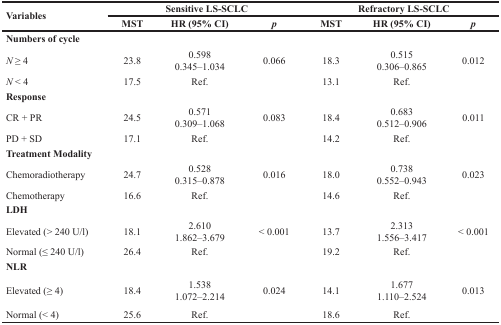
| <ROWSPAN=2> Variables | <COLSPAN=3> Sensitive LS-SCLC | <COLSPAN=3> Refractory LS-SCLC |
 | MST | HR (95% CI) | p | MST | HR (95% CI) | p |
 | --- | --- | --- | --- | --- | --- | --- |
 | Numbers of cycle |  |  |  |  |  |  |
 | N ≥ 4 | 23.8 | 0.598 0.345–1.034 | 0.066 | 18.3 | 0.515 0.306–0.865 | 0.012 |
 | N < 4 | 17.5 | Ref. |  | 13.1 | Ref. |  |
 | Response |  |  |  |  |  |  |
 | CR + PR | 24.5 | 0.571 0.309–1.068 | 0.083 | 18.4 | 0.683 0.512–0.906 | 0.011 |
 | PD + SD | 17.1 | Ref. |  | 14.2 | Ref. |  |
 | Treatment Modality |  |  |  |  |  |  |
 | Chemoradiotherapy | 24.7 | 0.528 0.315–0.878 | 0.016 | 18.0 | 0.738 0.552–0.943 | 0.023 |
 | Chemotherapy | 16.6 | Ref. |  | 14.6 | Ref. |  |
 | LDH |  |  |  |  |  |  |
 | Elevated (> 240 U/l) | 18.1 | 2.610 1.862–3.679 | < 0.001 | 13.7 | 2.313 1.556–3.417 | < 0.001 |
 | Normal (≤ 240 U/l) | 26.4 | Ref. |  | 19.2 | Ref. |  |
 | NLR |  |  |  |  |  |  |
 | Elevated (≥ 4) | 18.4 | 1.538 1.072–2.214 | 0.024 | 14.1 | 1.677 1.110–2.524 | 0.013 |
 | Normal (< 4) | 25.6 | Ref. |  | 18.6 | Ref. |  |